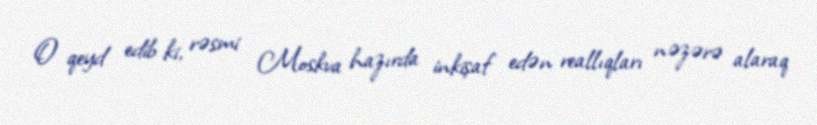
O qeyd edib ki, rəsmi Moskva hazırda inkişaf edən reallıqları nəzərə alaraq